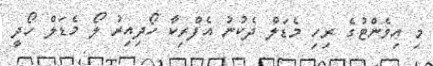
މި އިވެންޓުގެ ރިހި މެޑަލް ދެކުނު އެފްރިކާ ހޯދިއިރު ލޯ މެޑަލް ހޯދީ